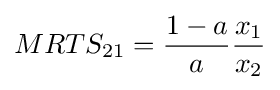
MRTS_{21}={\frac {1-a}{a}}{\frac {x_{1}}{x_{2}}}